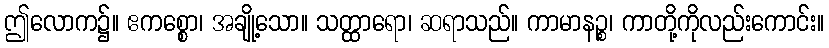
ဤလောက၌။ ဧကစ္စော၊ အချို့သော။ သတ္ထာရော၊ ဆရာသည်။ ကာမာနဉ္စ၊ ကာတို့ကိုလည်းကောင်း။